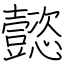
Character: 懿